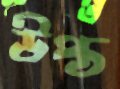
উপ্ত